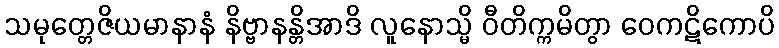
သမုတ္တေဇိယမာနာနံ နိဗ္ဗာနန္တိအာဒိ လူနောသ္မိ ဝီတိက္ကမိတွာ ဝေကဋိကောပိ